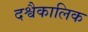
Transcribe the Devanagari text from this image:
दश्वैकालिक